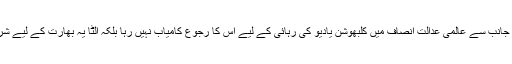
اس طرح بھارت کی جانب سے عالمی عدالت انصاف میں کلبھوشن یادیو کی رہائی کے لیے اس کا رجوع کامیاب نہیں رہا بلکہ الٹا یہ بھارت کے لیے شرمندگی کا باعث بنا ۔